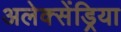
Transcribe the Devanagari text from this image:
अलेक्सेंड्रिया